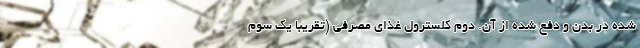
شده در بدن و دفع شده از آن. دوم کلسترول غذای مصرفی (تقریبا یک سوم